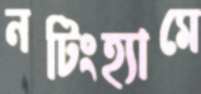
নটিংহ্যামে